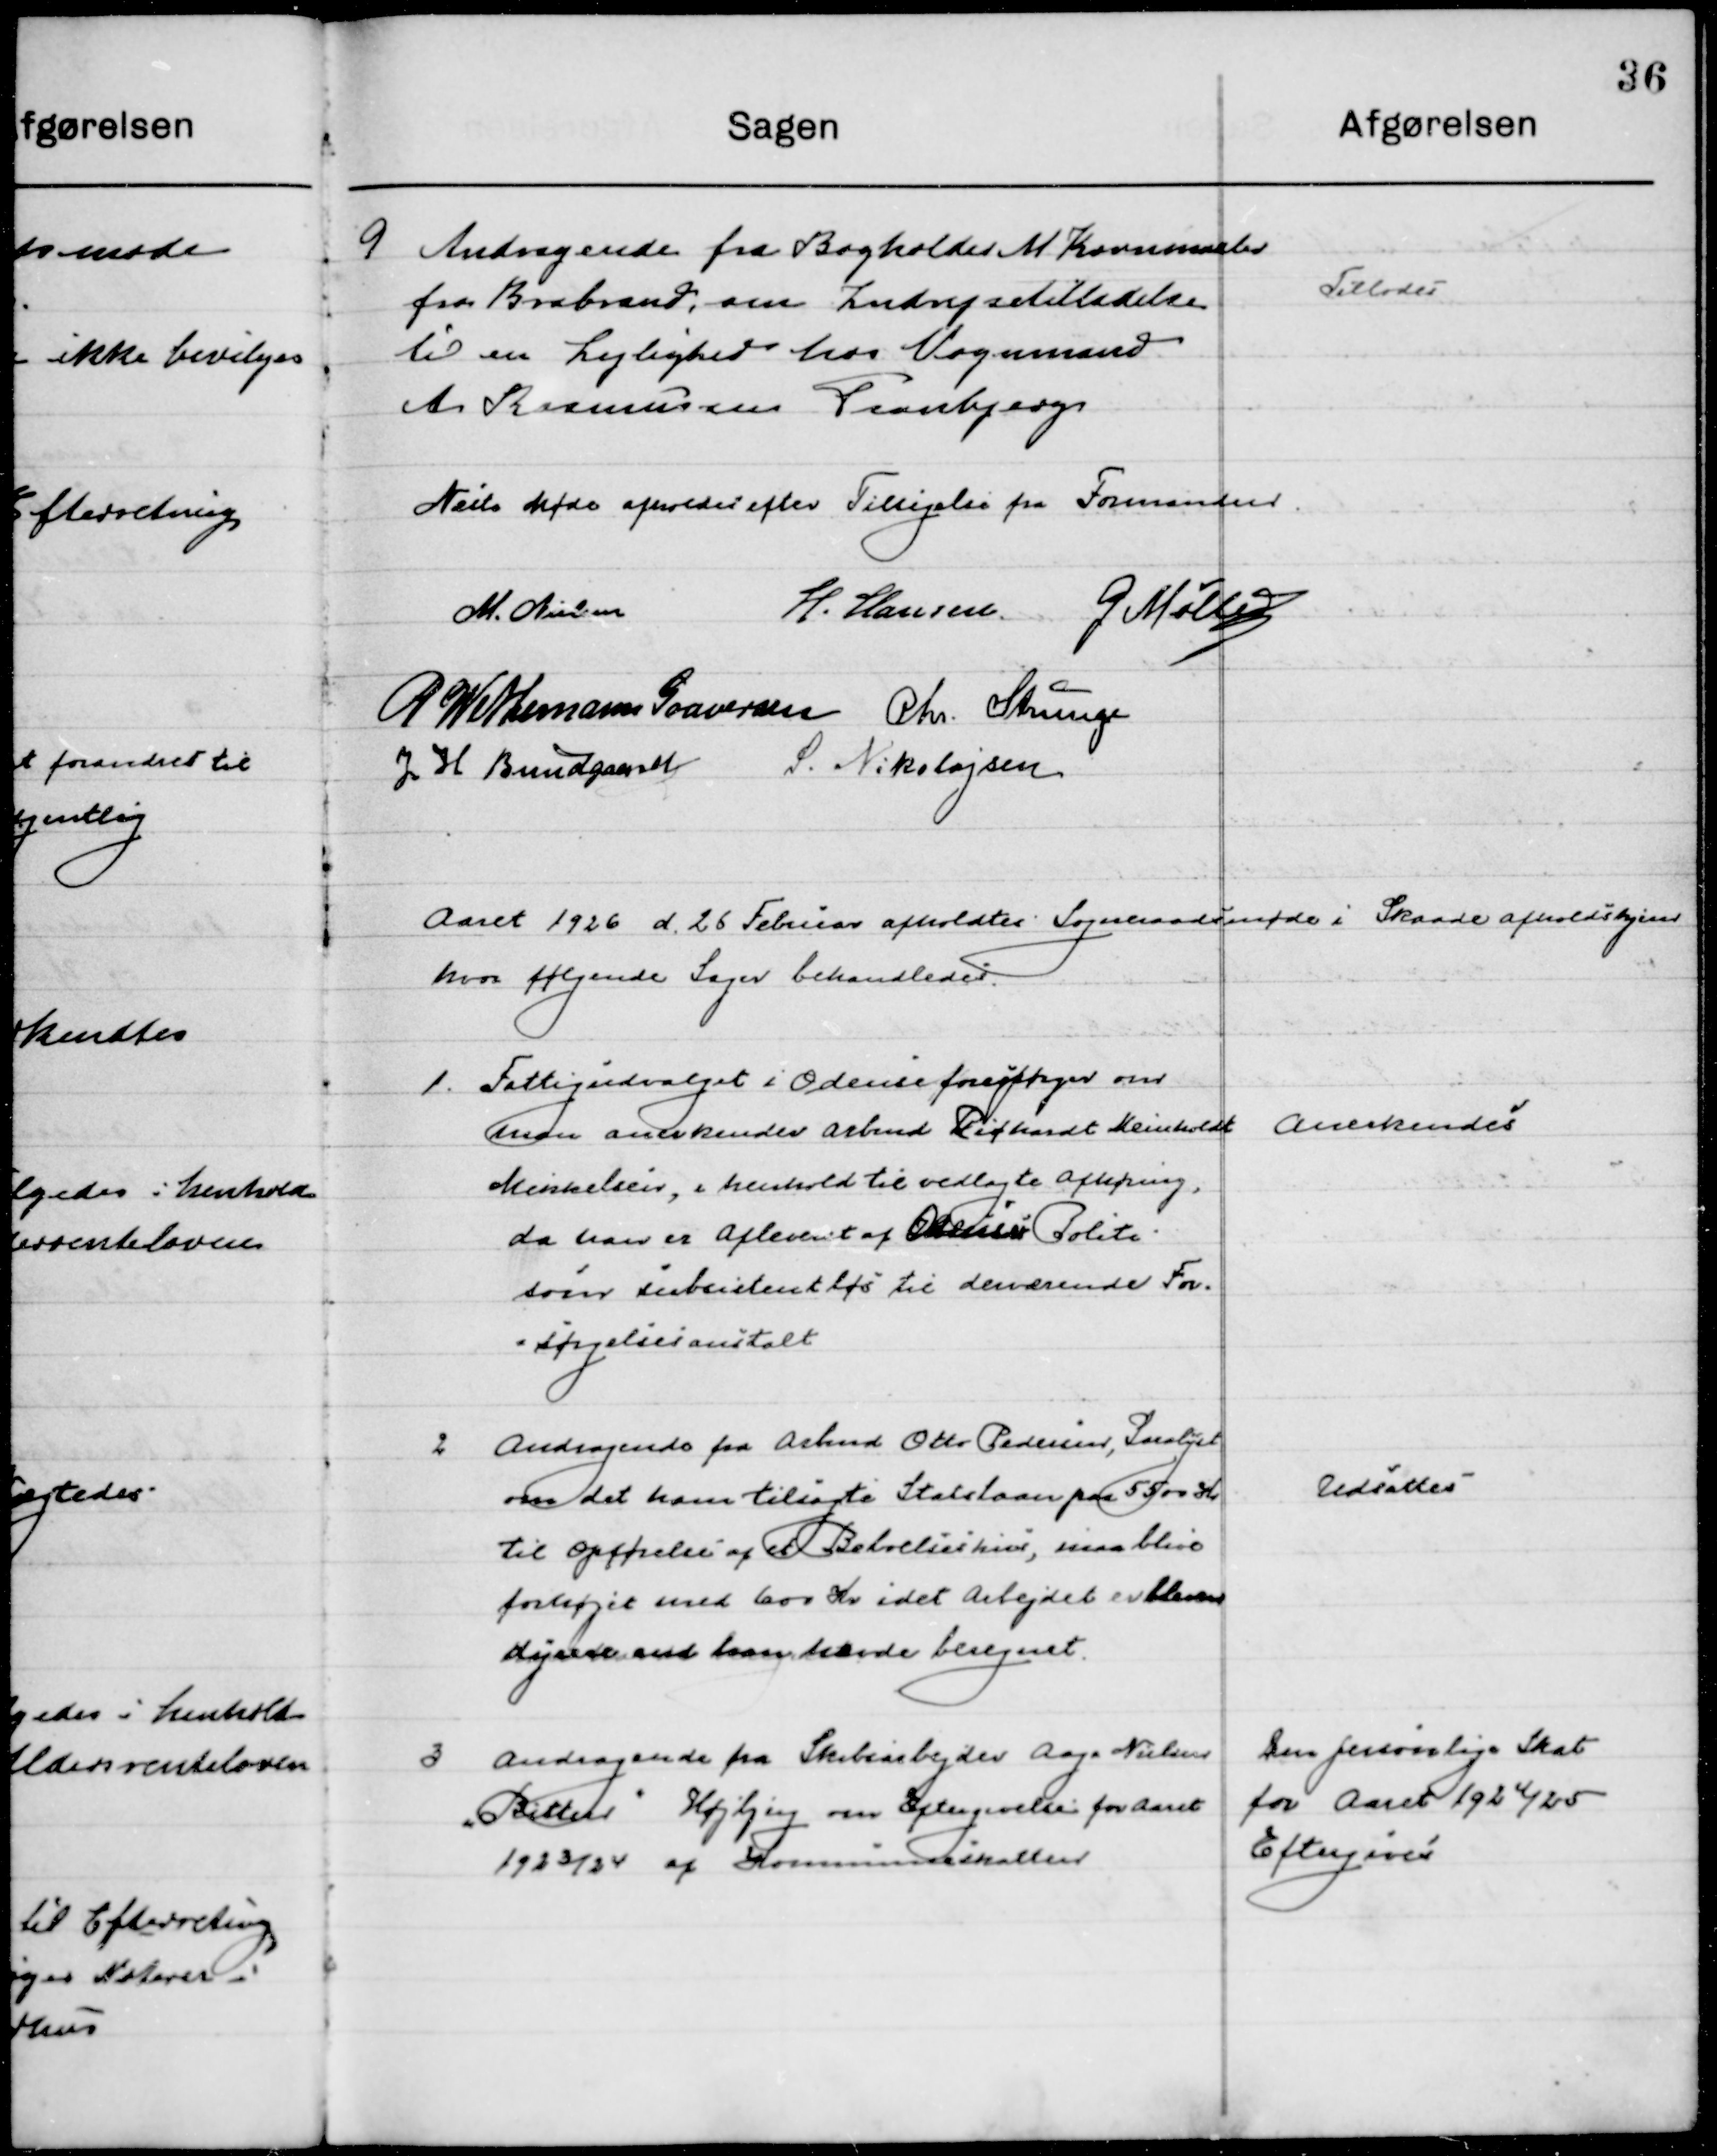
Transskription:
9

Andragende fra Bogholder M. Kornmaaler
fra Brabrand om Indrejsetilladelse
til en Lejlighed hos Vognmand
A. Rasmussen Tranbjerg

Tillodes

Næste Møde efter Tilsigelse fra Formanden

M. Nielsen
H. Hansen
G. Møller
P. Wethemann Graversen
Chr. Strunge
J. H. Bundgaard
S. Nikolajsen

Aaret 1926 d. 26 Februar afholdtes Sogneraadsmøde i Skaade Afholdshjem
hvor følgende Sager behandledes.

1

Fattigudvalget i Odense forespørger om
man anerkender Arbmd. Richardt Meinholdt
Mikkelsen, henholdt til vedlagte Afhøring
da han er Afholdt af Odense Politi
som substientløs til derværende For- 
sørgelsesanstalt

Anerkendes

2

Andragende fra Arbmd. Otto Pedersen, Saralyst
om det ham til søgte Statslaan paa 5500 Kr.
til Opførelse af et Beboelseshus, maa blive
forhøjet med 600 Kr. idet Arbejdet er bleven .	
dyrere end han havde beregnet

Udsattes

3

Andragende fra Skolearbejder Aage Nielsen
”Bitten” Højbjerg om Eftergivelse for Aaret
1923/24 af Kommuneskatten.

Den personlige Skat
for Aaret 1924/25
Eftergives.